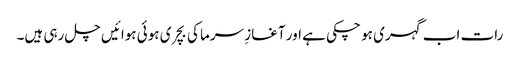
رات اب گہری ہو چکی ہے اور آغازِ سرما کی بچری ہوئی ہوائیں چل رہی ہیں۔